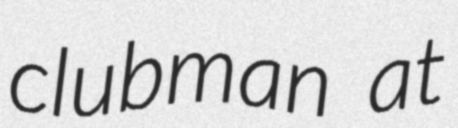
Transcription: clubman at